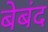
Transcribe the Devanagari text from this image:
बेबंद